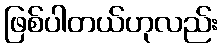
ဖြစ်ပါတယ်ဟုလည်း